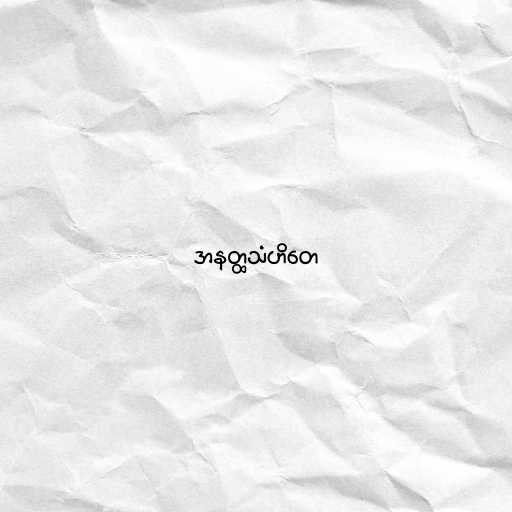
အနတ္ထသံဟိတေ